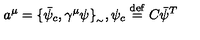
a ^ { \mu } = \{ \bar { \psi } _ { c } , \gamma ^ { \mu } \psi \} _ { _ { \sim } } , \psi _ { c } \stackrel { \mathrm { d e f } } { = } C \bar { \psi } ^ { T }